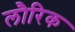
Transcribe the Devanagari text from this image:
लौरिक